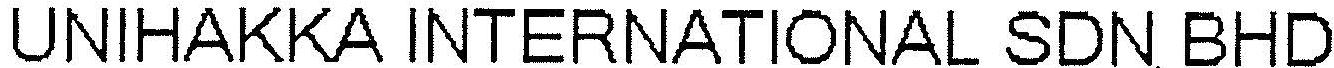
UNIHAKKA INTERNATIONAL SDN BHD